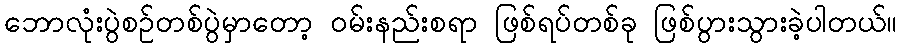
ဘောလုံးပွဲစဉ်တစ်ပွဲမှာတော့ ဝမ်းနည်းစရာ ဖြစ်ရပ်တစ်ခု ဖြစ်ပွားသွားခဲ့ပါတယ်။